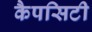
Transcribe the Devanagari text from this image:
कैपसिटी